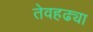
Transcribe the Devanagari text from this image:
तेवहढ्या